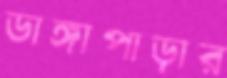
ডাঙ্গাপাড়ার